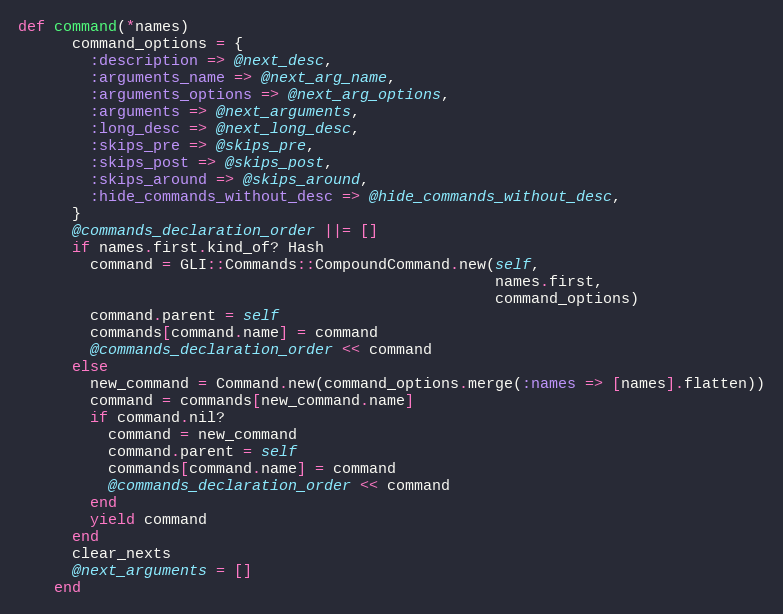
Language: Ruby
def command(*names)
      command_options = {
        :description => @next_desc,
        :arguments_name => @next_arg_name,
        :arguments_options => @next_arg_options,
        :arguments => @next_arguments,
        :long_desc => @next_long_desc,
        :skips_pre => @skips_pre,
        :skips_post => @skips_post,
        :skips_around => @skips_around,
        :hide_commands_without_desc => @hide_commands_without_desc,
      }
      @commands_declaration_order ||= []
      if names.first.kind_of? Hash
        command = GLI::Commands::CompoundCommand.new(self,
                                                     names.first,
                                                     command_options)
        command.parent = self
        commands[command.name] = command
        @commands_declaration_order << command
      else
        new_command = Command.new(command_options.merge(:names => [names].flatten))
        command = commands[new_command.name]
        if command.nil?
          command = new_command
          command.parent = self
          commands[command.name] = command
          @commands_declaration_order << command
        end
        yield command
      end
      clear_nexts
      @next_arguments = []
    end